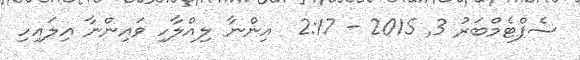
ސެޕްޓެމްބަރު 3